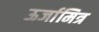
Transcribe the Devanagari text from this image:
ऊर्जामित्र